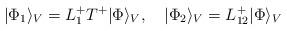
LaTeX: \begin{align*}|\Phi_1\rangle_V= L_1^+T^+|\Phi\rangle_V, \quad |\Phi_2\rangle_V=L_{12}^+|\Phi\rangle_V\end{align*}